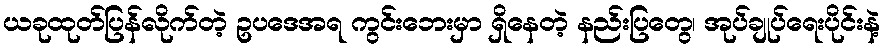
ယခုထုတ်ပြန်လိုက်တဲ့ ဥပဒေအရ ကွင်းဘေးမှာ ရှိနေတဲ့ နည်းပြတွေ၊ အုပ်ချုပ်ရေးပိုင်းနဲ့